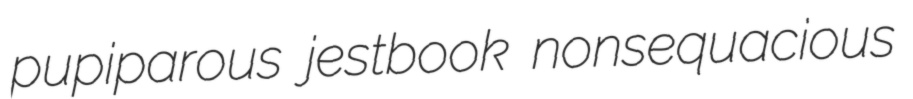
pupiparous jestbook nonsequacious